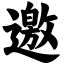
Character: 邀